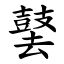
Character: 䵽